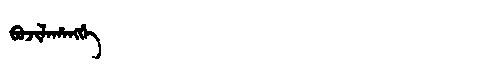
Manchu: ᠪᠣᠵᡳᠯᠠᡥᠠᠩᡤᡝ
Romanization: BOJILAHANGGE